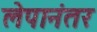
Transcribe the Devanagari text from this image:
लेपानंतर